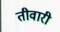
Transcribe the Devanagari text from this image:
तीवारी